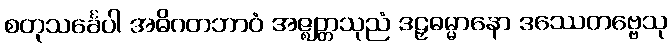
စတုသင်္ခေပါ အဓိဂတဘာဝံ အဇ္ဈတ္တသုညံ ဒဠှဓမ္မာနော ဒဿေတဗ္ဗေသု